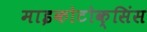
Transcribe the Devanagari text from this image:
माइकोटोक्सिंस